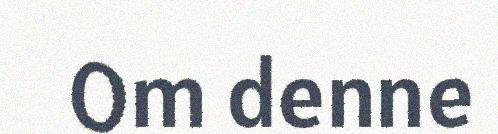
Om denne